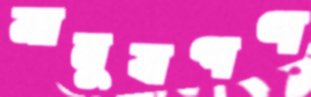
মানুষগণ